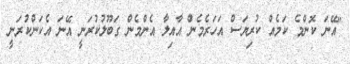
"އޭނަ ކޮންމެ ކަމެއް ކުރިޔަސް އަހަރެމެން އާއިލާ އެންމެން ގަބޫލުކުރަނީ އޭނަ އެކަންކުރަނީ